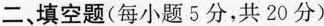
二、填空题(每小题5分，共20分)